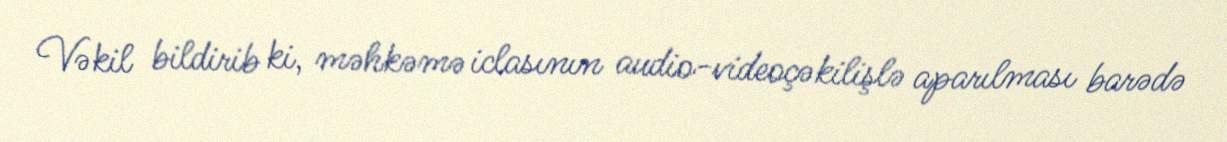
Vəkil bildirib ki, məhkəmə iclasının audio-videoçəkilişlə aparılması barədə